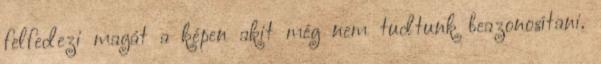
felfedezi magát a képen akit még nem tudtunk beazonosítani.